Punjab Mental Hospital Lahore 1922-31 - 1922-1931
Year: 1922
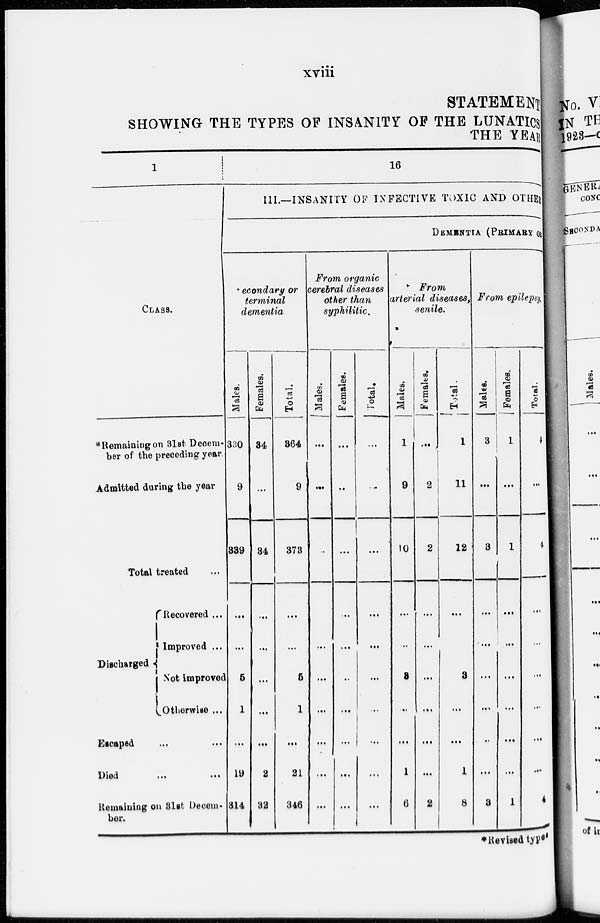
xviii
STATEMENT
SHOWING THE TYPES OF INSANITY OF THE LUNATICS
THE YEAR
1
CLASS.
* Remaining on 31st Decem-
ber of the preceding year.
Admitted during the year
Total treated ...
Discharged
Recovered ...
Improved ...
Not improved
Otherwise ...
Escaped ... ...
Died
...
...
Remaining on 31st Decem-
ber.
16
III.—INSANITY OF INFECTIVE TOXIC AND OTHER
DEMENTIA (PRIMARY OR
Secondary or
terminal
dementia
Males.
330
9
339
...
...
5
1
...
19
314
Females.
34
...
34
...
...
...
...
...
2
32
Total.
364
9
373
...
...
5
1
...
21
346
From organic
cerebral diseases
other than
syphilitic.
Males.
...
...
...
...
...
...
...
...
...
...
Females.
...
...
...
...
...
...
...
...
...
...
Total.
...
...
...
...
...
...
...
...
...
...
From
arterial diseases,
senile.
Males.
1
9
10
...
...
3
...
...
1
6
Females.
...
2
2
...
...
...
...
...
...
2
Total.
1
11
12
...
3
...
...
1
8
From epilepsy.
Males.
3
...
3
...
...
...
...
...
...
3
Females.
1
...
1
...
...
...
...
...
...
1
Total.
4
...
4
...
...
...
...
...
...
4
*Revised types